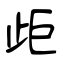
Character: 歫